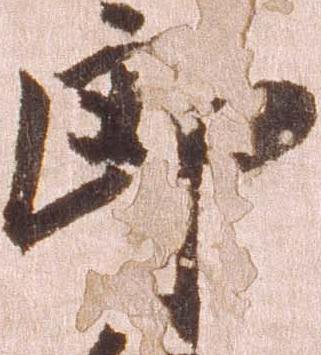
郎